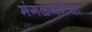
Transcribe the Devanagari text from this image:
मंगळगंगेचा